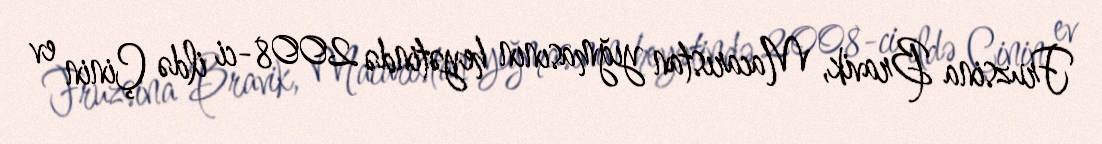
Fruzsina Bravik, Macarıstan yığmasının heyətində 2008-ci ildə Çinin ev